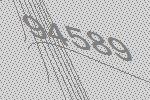
94589